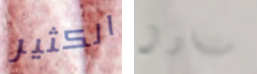
الكثير ستتناول